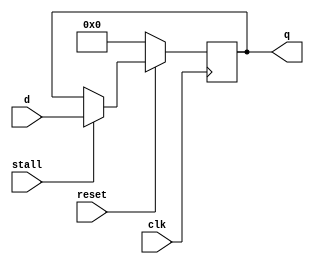
`timescale 1ps / 1ps
//////////////////////////////////////////////////////////////////////////////////
// Company: 
// Engineer: 
// 
// Design Name: 
// Module Name: flopr
// Project Name: 
// Target Devices: 
// Tool Versions: 
// Description: 
// 
// Dependencies: 
// 
// Revision:
// Revision 0.01 - File Created
// Additional Comments:
// 
//////////////////////////////////////////////////////////////////////////////////


module flopr #(parameter WIDTH = 32)
 (input wire clk, reset,
 stall,
 input wire [WIDTH-1:0] d,
 output reg [WIDTH-1:0] q);

 always @(posedge clk)
 begin
  if (reset==0) begin
    q <= 32'h00000000;
 end
else if (stall)begin
   q <= d;
end
end
endmodule